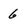
Character: 6